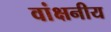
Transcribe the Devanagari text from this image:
वांक्षनीय